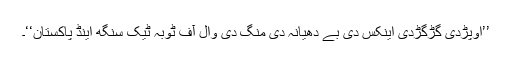
’’اوپڑدی گڑگڑدی اینکس دی بے دھیانہ دی مُنگ دی وال آف ٹوبہ ٹیک سنگھ اینڈ پاکستان‘‘۔